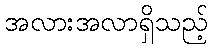
အလားအလာရှိသည့်